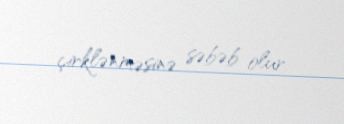
çirklənməsinə səbəb olur.